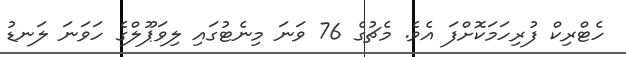
ހެޓްރިކް ފުރިހަމަކޮށްފަ އެވެ. މެޗުގެ 76 ވަނަ މިނެޓުގައި ލިވަޕޫލްގެ ހަވަނަ ލަނޑު